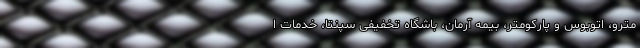
مترو، اتوبوس و پارکومتر، بیمه آرمان، باشگاه تخفیفی سپنتا، خدمات ا